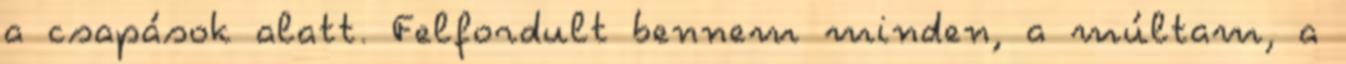
a csapások alatt. Felfordult bennem minden, a múltam, a